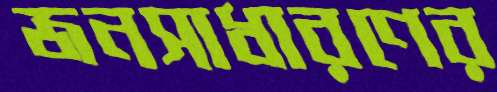
জনসাধারণের